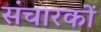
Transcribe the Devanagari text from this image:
संचारकों